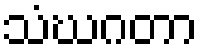
သံဃဂတာ